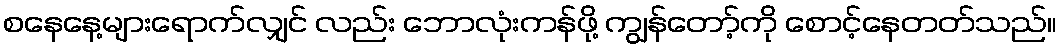
စနေနေ့များရောက်လျှင် လည်း ဘောလုံးကန်ဖို့ ကျွန်တော့်ကို စောင့်နေတတ်သည်။